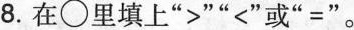
8.在○里填上”>””<”或”=”。